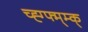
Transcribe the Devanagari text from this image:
च्ह्ग्फ्म्म्क्